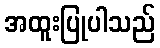
အထူးပြုပါသည်